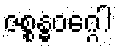
ဇစ္စန္ဓဝဂ္ဂေါ